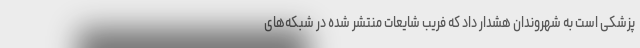
پزشکی است به شهروندان هشدار داد که فریب شایعات منتشر شده در شبکه‌های